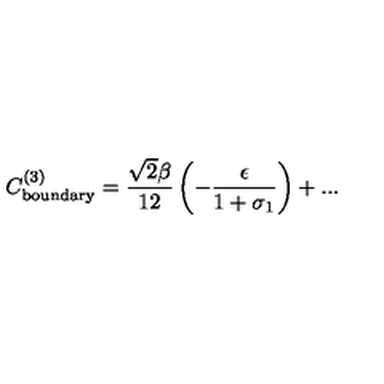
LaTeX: C _ { \mathrm { b o u n d a r y } } ^ { ( 3 ) } = \frac { \sqrt { 2 } \beta } { 1 2 } \left( - \frac { \epsilon } { 1 + \sigma _ { 1 } } \right) + . . .